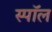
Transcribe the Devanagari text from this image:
स्पॉल